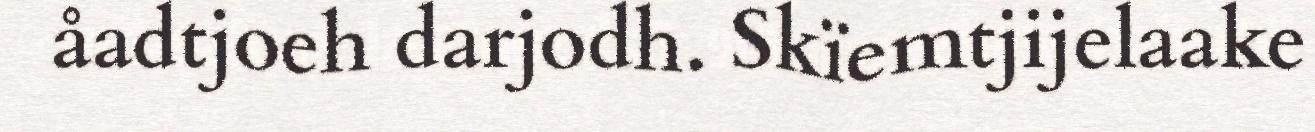
åadtjoeh darjodh. Skïemtjijelaake